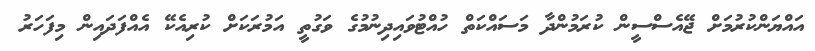
އައްޔަންކުރުމަށް ޖޭއެސްސީން ކުރަމުންދާ މަސައްކަތް ހުއްޓުވައިދިނުމުގެ ވަގުތީ އަމުރަކަށް ކުރިއެކޭ އެއްފަދައިން މިފަހަރު